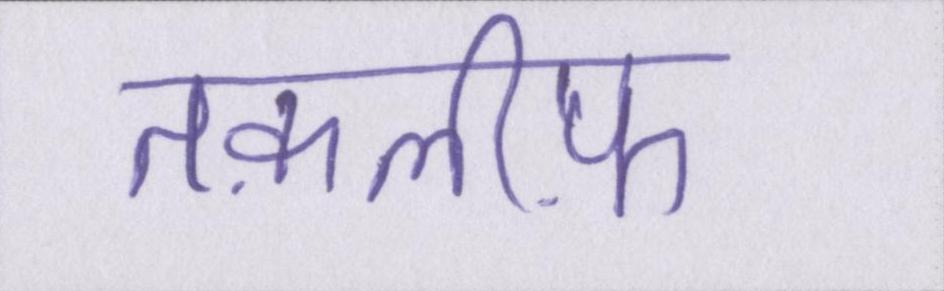
तक़लीफ़